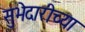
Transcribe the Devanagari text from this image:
सुभेदारीच्या